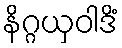
နိဂ္ဂယှဝါဒိံ